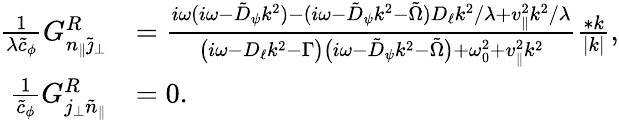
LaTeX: \begin{array}{rl}{\frac{1}{\lambda\tilde{c}_{\phi}}G_{n_{\| }\tilde{\jmath}_{\perp}}^{R}}&{=\frac{i\omega(i\omega-\tilde{D}_{\psi}k^{2})-(i\omega-\tilde{D}_{\psi}k^{2}-\tilde{\Omega})D_{\ell}k^{2}/\lambda+v_{\| }^{2}k^{2}/\lambda}{\big(i\omega-D_{\ell}k^{2}-\Gamma\big)\big(i\omega-\tilde{D}_{\psi}k^{2}-\tilde{\Omega}\big)+\omega_{0}^{2}+v_{\| }^{2}k^{2}}\frac{*k}{|k|},}\\ {\frac{1}{\tilde{c}_{\phi}}G_{j_{\perp}\tilde{n}_{\| }}^{R}}&{=0.}\end{array}